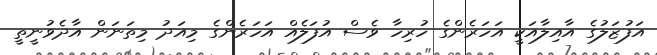
އަފުޒަލުގެ އާއިލާއަކީ އަހަރެންގެ ހުރިހާ ވެސް އުފަލެއް އަހަރެންގެ މިއަދު މިތަނަން އާދެވުނީތީ